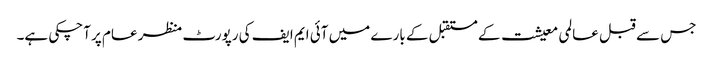
جس سے قبل عالمی معیشت کے مستقبل کے بارے میں آئی ایم ایف کی رپورٹ منظر عام پر آچکی ہے۔